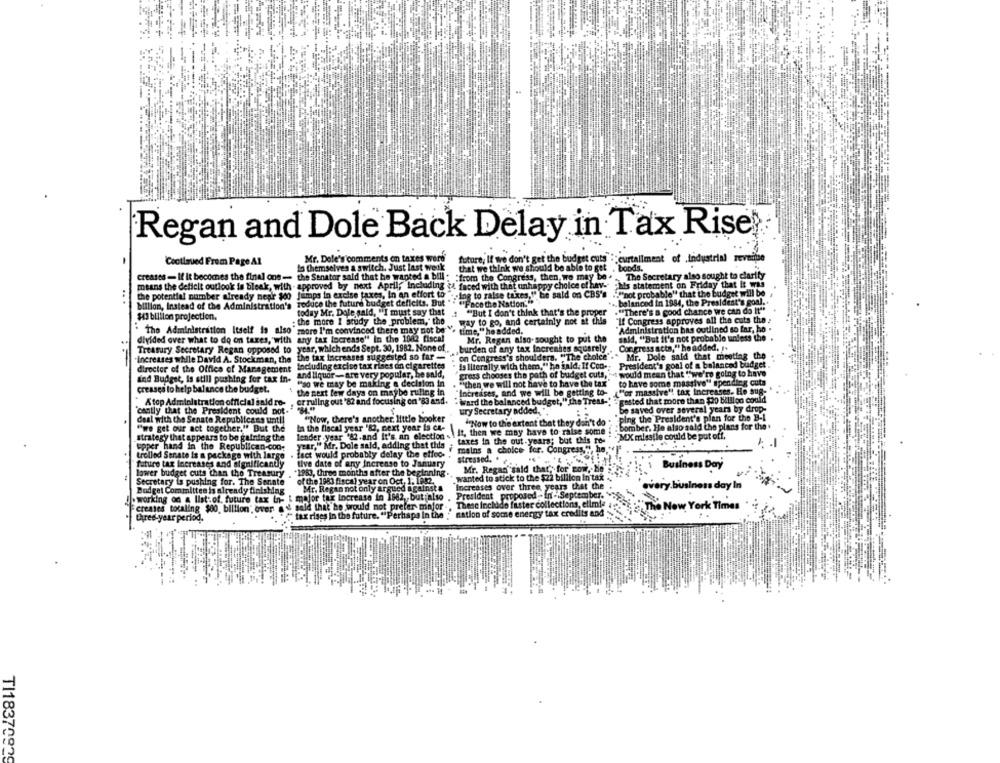
Regan and Dole Back Delay in Tax Rise?
Mr. Dole's'comments on taxes werd
future, If we don't get the budget cuts : curtallment of industrial reveitise
Continued From Page Al
13 themselves a switch. Just last week
that we think we should be able to get . boods.
creases - If It becomes the final one- the Senator said that he wanted a bill . "from the Congress, then, wo may be . .. The Secretary also sought to clarity
means the deficit outlook is bleak, with - approved by next April, Including <4 faced with that unhappy choice of hav- his statement on Friday that It was
the potential number already nepi $oo Jumps in excise taxes, In an effort to
"ing to raise taxes,"" he said on CBS's . ""not probable" that the budget will be
billion, Instead of the Administration's
reduce the future budget deficits. But "
"Face the Nation""
.. balanced in 1984, the President's goal ..
today Mr. Dole said, "I must say that
"But I don't think that's the proper
."There's a good chance we can do It"
#43 billion projection,
: the more I study the problem," the
.way to go, and certainly not at this
"If Congress approves all the cuts the :
"Administration has outlined so far, ho .
. The Administration Itself is also' more I'm convinced there may not be ". time," he added,
divided over what to do on taxes, with any tax Increase" In the 1082 fiscal
Mr. Regan also- sought to put the
sald, "But it's not probable unless the .
Treasury Secretary Regan opposed to year, which ends Sept. 30, 1982. None of
burden of any tax Increntes squarely
Congress acta," he added. .
Increases while David A. Stockman, the the tax Increases suggested so far -
on Congress's shoulders. "The choice"."
Mr. Dole said that meeting the
including excise tax ribes on cigarettes
is literally. with them," he said. If Con- President's goal of a balanced budget
director of the Office of Management
and liquor - are very popular, he said,
gress chooses the path of budget cuts, s would mean that ""we're going to have
ind Budget, is still pushing for tax in-
. "then we will not have to have the tax" to have some massive" spending cuta
creases to help balance the budget.
ao we may be making a decision in
. L"or massive"! tax Increases. He sug-
the next few days on maybe ruling in
"Increases, and we will be getting to-
A top Administration official said ro-
er ruling out '82 and focusing on 'si and. " ward the balanced budget," the Treas-" : gested that more than $20 billion could
'cantly that the President could not."
ury Secretary added. "
Be saved over several years by drop-
deal with the Senate Republicans until
""Now, there's another little hooker
ping the President's plan for the B-1
"we get our act together." But the
ta the fiscal year '83, next year is ca-
"Now to the extent that they don't do
bomber. He also said the plans for the .
lender .year '82.and It's an election. it, then we may have to raise some
MX mlsstie could be put off.
strategy that appears to be gaining the
taxes in the out. years; but this re-
upper hand in the Republican-con
year," Mr. Dole sald, adding that tids ;
mains a choice for. Congre
trolled Senate is a package with large
. fact would probably delay the effec-
stressed. *
future tax Increases and significantly
tive date of any Increase to January
Business Day
lower budget cuts than the Treasury .
*1963, three months after the beginning.
Mr. Regan" said that, for Bow. No .
Secretary is pushing for. The Senate
wanted to stick to the $22 billion In tax
of the 1983 fiscal year on Oct. 1. 1812.
Mr. Regan not only argued against a
Increases over three years that the
every. business day In
I.working on a list of future tax in- i major tex Increase in 1962, but also
Budget Committee is already finishing
President proposed - In -. September.
These Include faster collections, elimie
creates totaling $00 billion" over s & said that he would not prefer mafor
nation of some energy tax credits and
"The New York Times
three-year period.
tax rises in the future. "Perhaps In the ."
TI18370829